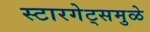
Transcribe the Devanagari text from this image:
स्टारगेट्समुळे